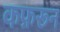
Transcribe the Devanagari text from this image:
कफ़रून